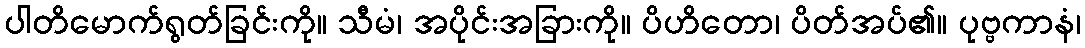
ပါတိမောက်ရွတ်ခြင်းကို။ သီမံ၊ အပိုင်းအခြားကို။ ပိဟိတော၊ ပိတ်အပ်၏။ ပုဗ္ဗကာနံ၊